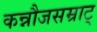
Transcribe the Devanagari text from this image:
कन्नौजसम्राट्